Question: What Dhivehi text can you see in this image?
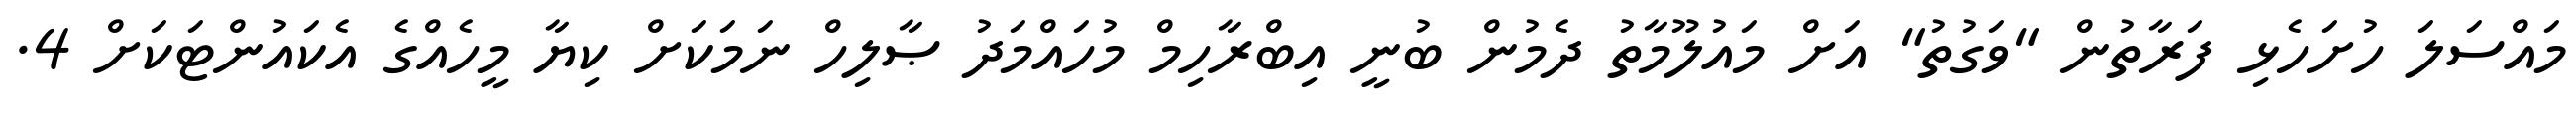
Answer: މައްސަލަ ހުށަހެޅި ފަރާތުން "ވަގުތު" އަށް މައުލޫމާތު ދެމުން ބުނީ އިބްރާހިމް މުހައްމަދު ޞާލިހް ނަމަކަށް ކިޔާ މީހެއްގެ އެކައުންޓަކަށް 4.